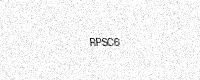
Text: RPSC6